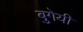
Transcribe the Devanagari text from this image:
बुगेयी